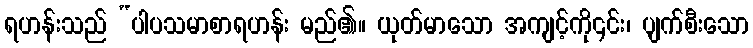
ရဟန်းသည် “ပါပသမာစာရဟန်း မည်၏။ ယုတ်မာသော အကျင့်ကို၎င်း၊ ပျက်စီးသော